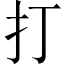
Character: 打